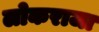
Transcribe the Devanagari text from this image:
लोकराजा